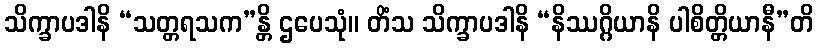
သိက္ခာပဒါနိ “သတ္တရသက”န္တိ ဌပေသုံ။ တိံသ သိက္ခာပဒါနိ “နိဿဂ္ဂိယာနိ ပါစိတ္တိယာနီ”တိ